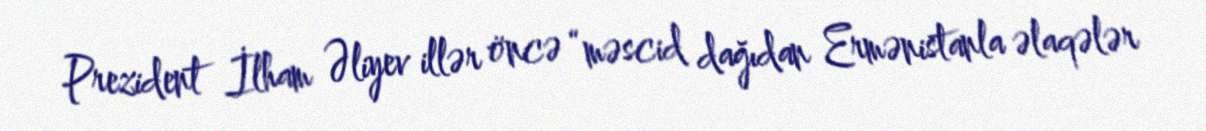
Prezident İlham Əliyev illər öncə “məscid dağıdan Ermənistanla əlaqələr